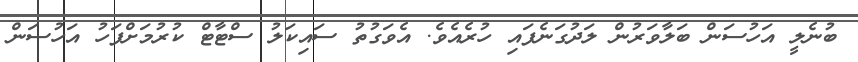
ބުނެލީ އަހުސަން ބަލާވަރުން ލަދުގަނެފައި ހުރެއެވެ. އެވަގުތު ސައިކަލު ސްޓާޓް ކުރުމަށްފަހު އަހުސަން